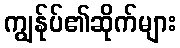
ကျွန်ုပ်၏ဆိုက်များ